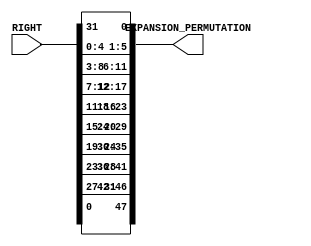
`timescale 1ns / 1ps
//////////////////////////////////////////////////////////////////////////////////
// Company: 
// Engineer: 
// 
// Design Name: 
// Module Name:    Expansion_P 
// Project Name: 
// Target Devices: 
// Tool versions: 
// Description: 
//
// Dependencies: 
//
// Revision: 
// Revision 0.01 - File Created
// Additional Comments: 
//
//////////////////////////////////////////////////////////////////////////////////
module Expansion_Permutation(RIGHT, EXPANSION_PERMUTATION);
input [32 : 1] RIGHT;
output [48 : 1] EXPANSION_PERMUTATION;
wire [32 : 1] RIGHT;
reg [48 : 1] EXPANSION_PERMUTATION;
always @(RIGHT)
 
 begin
 EXPANSION_PERMUTATION[1] <= RIGHT[32];EXPANSION_PERMUTATION[2] <= RIGHT[1];EXPANSION_PERMUTATION[3] <= RIGHT[2];EXPANSION_PERMUTATION[4] <= RIGHT[3];EXPANSION_PERMUTATION[5] <= RIGHT[4];EXPANSION_PERMUTATION[6] <= RIGHT[5];EXPANSION_PERMUTATION[7] <= RIGHT[4];EXPANSION_PERMUTATION[8] <= RIGHT[5];EXPANSION_PERMUTATION[9] <= RIGHT[6];EXPANSION_PERMUTATION[10] <= RIGHT[7];EXPANSION_PERMUTATION[11] <= RIGHT[8];EXPANSION_PERMUTATION[12] <= RIGHT[9];EXPANSION_PERMUTATION[13] <= RIGHT[8];EXPANSION_PERMUTATION[14] <= RIGHT[9];EXPANSION_PERMUTATION[15] <= RIGHT[10];EXPANSION_PERMUTATION[16] <= RIGHT[11];EXPANSION_PERMUTATION[17] <= RIGHT[12];EXPANSION_PERMUTATION[18] <= RIGHT[13];EXPANSION_PERMUTATION[19] <= RIGHT[12];EXPANSION_PERMUTATION[20] <= RIGHT[13];EXPANSION_PERMUTATION[21] <= RIGHT[14];EXPANSION_PERMUTATION[22] <= RIGHT[15];
 
EXPANSION_PERMUTATION[23] <= RIGHT[16];EXPANSION_PERMUTATION[24] <= RIGHT[17];EXPANSION_PERMUTATION[25] <= RIGHT[16];EXPANSION_PERMUTATION[26] <= RIGHT[17];EXPANSION_PERMUTATION[27] <= RIGHT[18];EXPANSION_PERMUTATION[28] <= RIGHT[19];EXPANSION_PERMUTATION[29] <= RIGHT[20];EXPANSION_PERMUTATION[30] <= RIGHT[21];EXPANSION_PERMUTATION[31] <= RIGHT[20];EXPANSION_PERMUTATION[32] <= RIGHT[21];EXPANSION_PERMUTATION[33] <= RIGHT[22];EXPANSION_PERMUTATION[34] <= RIGHT[23];EXPANSION_PERMUTATION[35] <= RIGHT[24];EXPANSION_PERMUTATION[36] <= RIGHT[25];EXPANSION_PERMUTATION[37] <= RIGHT[24];EXPANSION_PERMUTATION[38] <= RIGHT[25];EXPANSION_PERMUTATION[39] <= RIGHT[26];EXPANSION_PERMUTATION[40] <= RIGHT[27];EXPANSION_PERMUTATION[41] <= RIGHT[28];EXPANSION_PERMUTATION[42] <= RIGHT[29];EXPANSION_PERMUTATION[43] <= RIGHT[28];EXPANSION_PERMUTATION[44] <= RIGHT[29];EXPANSION_PERMUTATION[45] <= RIGHT[30];EXPANSION_PERMUTATION[46] <= RIGHT[31];EXPANSION_PERMUTATION[47] <= RIGHT[32];
 
EXPANSION_PERMUTATION[48] <= RIGHT[1];
end
endmodule